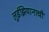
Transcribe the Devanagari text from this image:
लुईझियानाची